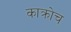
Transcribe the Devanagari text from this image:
काक्रोच